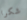
شكرا